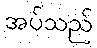
အပ်သည်